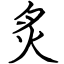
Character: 炙